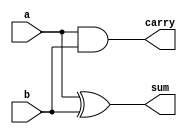
//Semisumador de dos entradas de 1 bit realizado a partir de puertas, Notacin vieja

module ha_v1_1(sum, carry, a, b);
output wire sum, carry;
input a, b;  //tipo wire por defecto

//Declaracin de conexiones o variables internas: no hay ninguna

//Estructura interna: Instancias de puertas y sus conexiones

xor xor1(sum, a, b);
and and1(carry, a, b);

endmodule